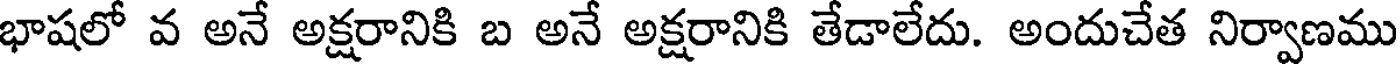
భాషలో వ అనే అక్షరానికి బ అనే అక్షరానికి తేడాలేదు. అందుచేత నిర్వాణము